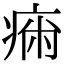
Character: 𤷗